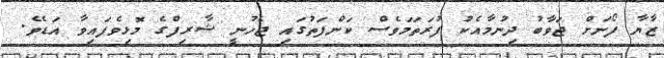
ޒާޔާ ފޯނަށް ޖަވާބު ދިނުމާއެކު ފުރަތަމަވެސް ކަންފަތުގައި ޖެހުނީ ޝާރިފްގެ މޮޅިވެފައިވާ އަޑެވެ.